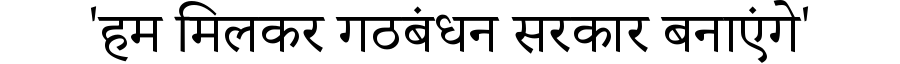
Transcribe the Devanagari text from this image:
'हम मिलकर गठबंधन सरकार बनाएंगे'